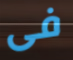
فى